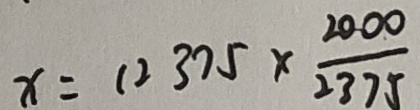
x = 1 2 3 7 5 \times \frac { 2 0 0 0 } { 2 3 7 5 }